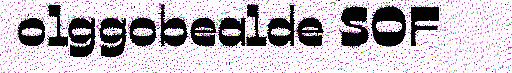
olggobealde SOF